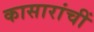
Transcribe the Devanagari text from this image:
कासारांचीं